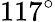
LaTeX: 117^{\circ}